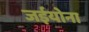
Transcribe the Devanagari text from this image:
जईयोना